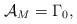
LaTeX: \begin{align*}\mathcal{A}_M=\Gamma_0,\end{align*}